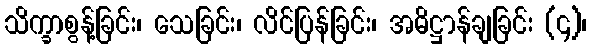
သိက္ခာစွန့်ခြင်း၊ သေခြင်း၊ လိင်ပြန်ခြင်း၊ အဓိဋ္ဌာန်ချခြင်း (၄)၊